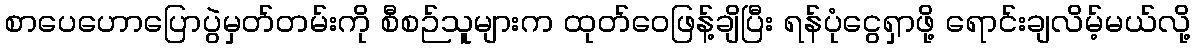
စာပေဟောပြောပွဲမှတ်တမ်းကို စီစဉ်သူများက ထုတ်ဝေဖြန့်ချိပြီး ရန်ပုံငွေရှာဖို့ ရောင်းချလိမ့်မယ်လို့